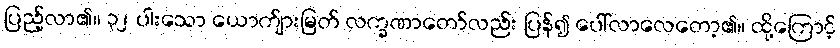
ပြည့်လာ၏။ ၃၂ ပါးသော ယောက်ျားမြတ် လက္ခဏာတော်လည်း ပြန်၍ ပေါ်လာလေတော့၏။ ထို့ကြောင့်